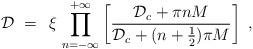
LaTeX: \begin{align*}{\mathcal D} \;=\; \,\xi \, \prod_{n=-\infty}^{+\infty}\left[ \frac{{\mathcal D}_c + \pi n M}{{\mathcal D}_c +(n+\frac{1}{2}) \pi M}\right]\;,\end{align*}